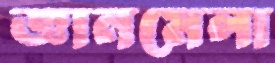
জ্ঞানমেলা